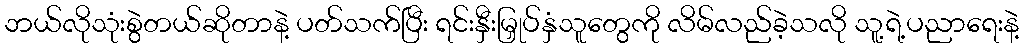
ဘယ်လိုသုံးစွဲတယ်ဆိုတာနဲ့ ပတ်သက်ပြီး ရင်းနှီးမြှုပ်နှံသူတွေကို လိမ်လည်ခဲ့သလို သူ့ရဲ့ပညာရေးနဲ့